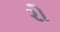
રો